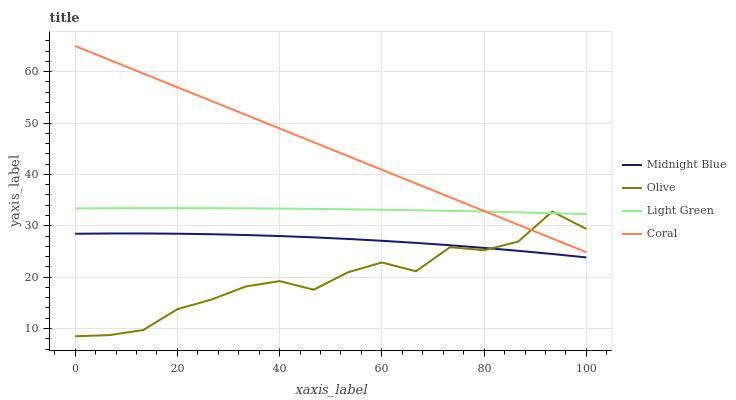
| xaxis_label | Midnight Blue | Olive | Light Green | Coral |
 | --- | --- | --- | --- | --- |
 | 0 | 28.4 | 8.49 | 33.4 | 65 |
 | 6.67 | 28.5 | 8.71 | 33.4 | 62.3 |
 | 13.3 | 28.5 | 9.71 | 33.4 | 59.6 |
 | 20 | 28.5 | 13.8 | 33.4 | 57 |
 | 26.7 | 28.4 | 15.6 | 33.4 | 54.3 |
 | 33.3 | 28.2 | 18.2 | 33.4 | 51.6 |
 | 40 | 28 | 19.2 | 33.4 | 48.9 |
 | 46.7 | 27.7 | 17.5 | 33.3 | 46.3 |
 | 53.3 | 27.4 | 20.9 | 33.2 | 43.6 |
 | 60 | 27.1 | 22.9 | 33.1 | 40.9 |
 | 66.7 | 26.7 | 21.1 | 33 | 38.2 |
 | 73.3 | 26.2 | 25.8 | 32.9 | 35.6 |
 | 80 | 25.7 | 25.2 | 32.8 | 32.9 |
 | 86.7 | 25.1 | 26.9 | 32.6 | 30.2 |
 | 93.3 | 24.5 | 32.8 | 32.5 | 27.5 |
 | 100 | 23.8 | 29.4 | 32.3 | 24.9 |